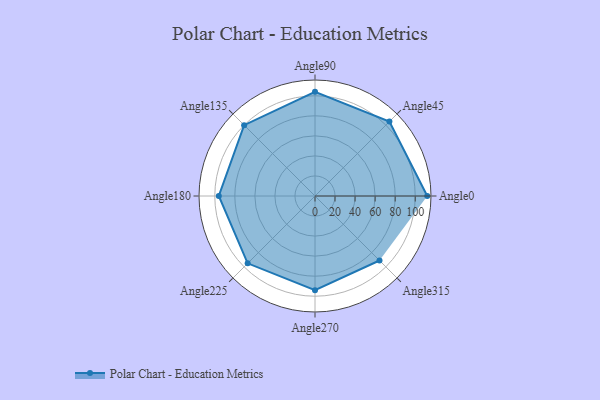
{"axis": {"x": "Angle", "y": "Radius"}, "legend": [""], "data": [{"x": "Angle0", "y": 112.0, "type": ""}, {"x": "Angle45", "y": 105.0, "type": ""}, {"x": "Angle90", "y": 104.0, "type": ""}, {"x": "Angle135", "y": 100.0, "type": ""}, {"x": "Angle180", "y": 96.0, "type": ""}, {"x": "Angle225", "y": 95.0, "type": ""}, {"x": "Angle270", "y": 94.0, "type": ""}, {"x": "Angle315", "y": 91.0, "type": ""}]}